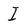
Character: I